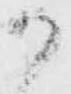
か